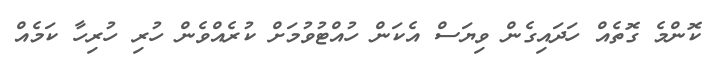
ކޮންމެ ގޮތެއް ހަދައިގެން ވިޔަސް އެކަން ހުއްޓުވުމަށް ކުރެއްވެން ހުރި ހުރިހާ ކަމެއް